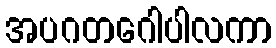
အပဂတဂေါပါလကာ